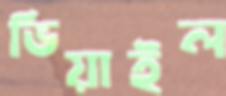
ভিয়াইল